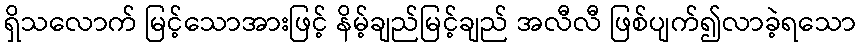
ရှိသလောက် မြင့်သောအားဖြင့် နိမ့်ချည်မြင့်ချည် အလီလီ ဖြစ်ပျက်၍လာခဲ့ရသော